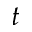
t